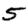
Digit: 5